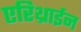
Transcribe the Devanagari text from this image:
एरिथ्राईन